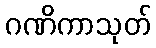
ဂဏိကာသုတ်